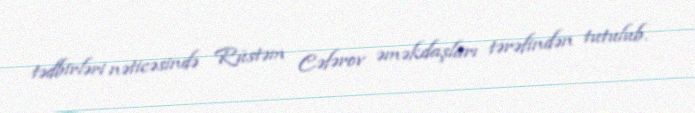
tədbirləri nəticəsində Rüstəm Cəfərov əməkdaşları tərəfindən tutulub.